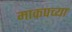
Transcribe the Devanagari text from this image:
माकपच्या